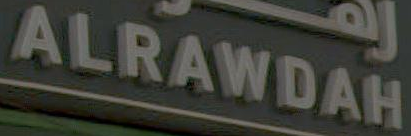
ALRAWDAH